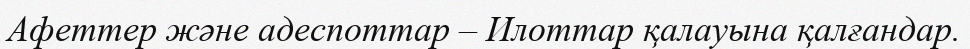
Афеттер және адеспоттар – Илоттар қалауына қалғандар.